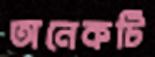
অনেকটি